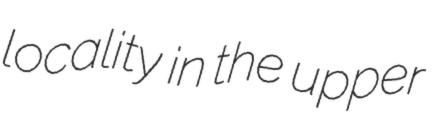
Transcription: locality in the upper